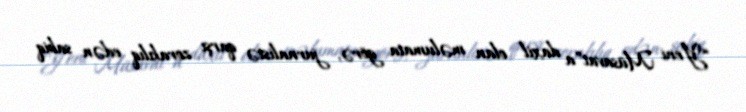
“Yeni Müsavat”a daxil olan məlumata görə, jurnalistə qarşı zorakılıq edən sabiq